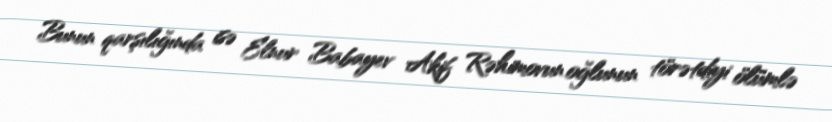
Bunun qarşılığında isə Elnur Babayev Akif Rəhimovun oğlunun törətdiyi ölümlə